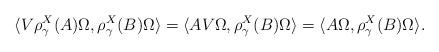
LaTeX: \begin{align*}\langle V \rho^X_\gamma(A) \Omega, \rho^X_\gamma(B) \Omega \rangle=\langle A V \Omega, \rho^X_\gamma(B) \Omega \rangle=\langle A \Omega, \rho^X_\gamma(B) \Omega \rangle.\end{align*}